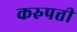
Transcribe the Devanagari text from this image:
करुपत्ती